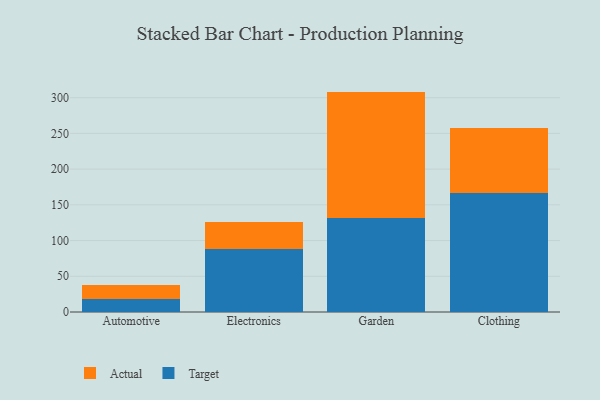
{"axis": {"x": "Category", "y": "Demand Index"}, "legend": ["Actual", "Target"], "data": [{"x": "Automotive", "y": 18.2, "type": "Target"}, {"x": "Automotive", "y": 19.5, "type": "Actual"}, {"x": "Electronics", "y": 88.0, "type": "Target"}, {"x": "Electronics", "y": 37.8, "type": "Actual"}, {"x": "Garden", "y": 131.6, "type": "Target"}, {"x": "Garden", "y": 176.9, "type": "Actual"}, {"x": "Clothing", "y": 166.0, "type": "Target"}, {"x": "Clothing", "y": 91.5, "type": "Actual"}]}